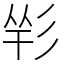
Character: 𢒑